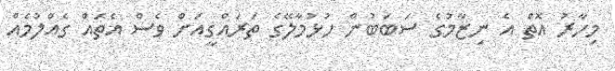
މިހާރު އޮތް އެ ނިޒާމުގެ ސަބަބުން ހުޅުމާލޭގެ ތަރައްގީއަށް ވެސް އެތައް ގެއްލުމެއް